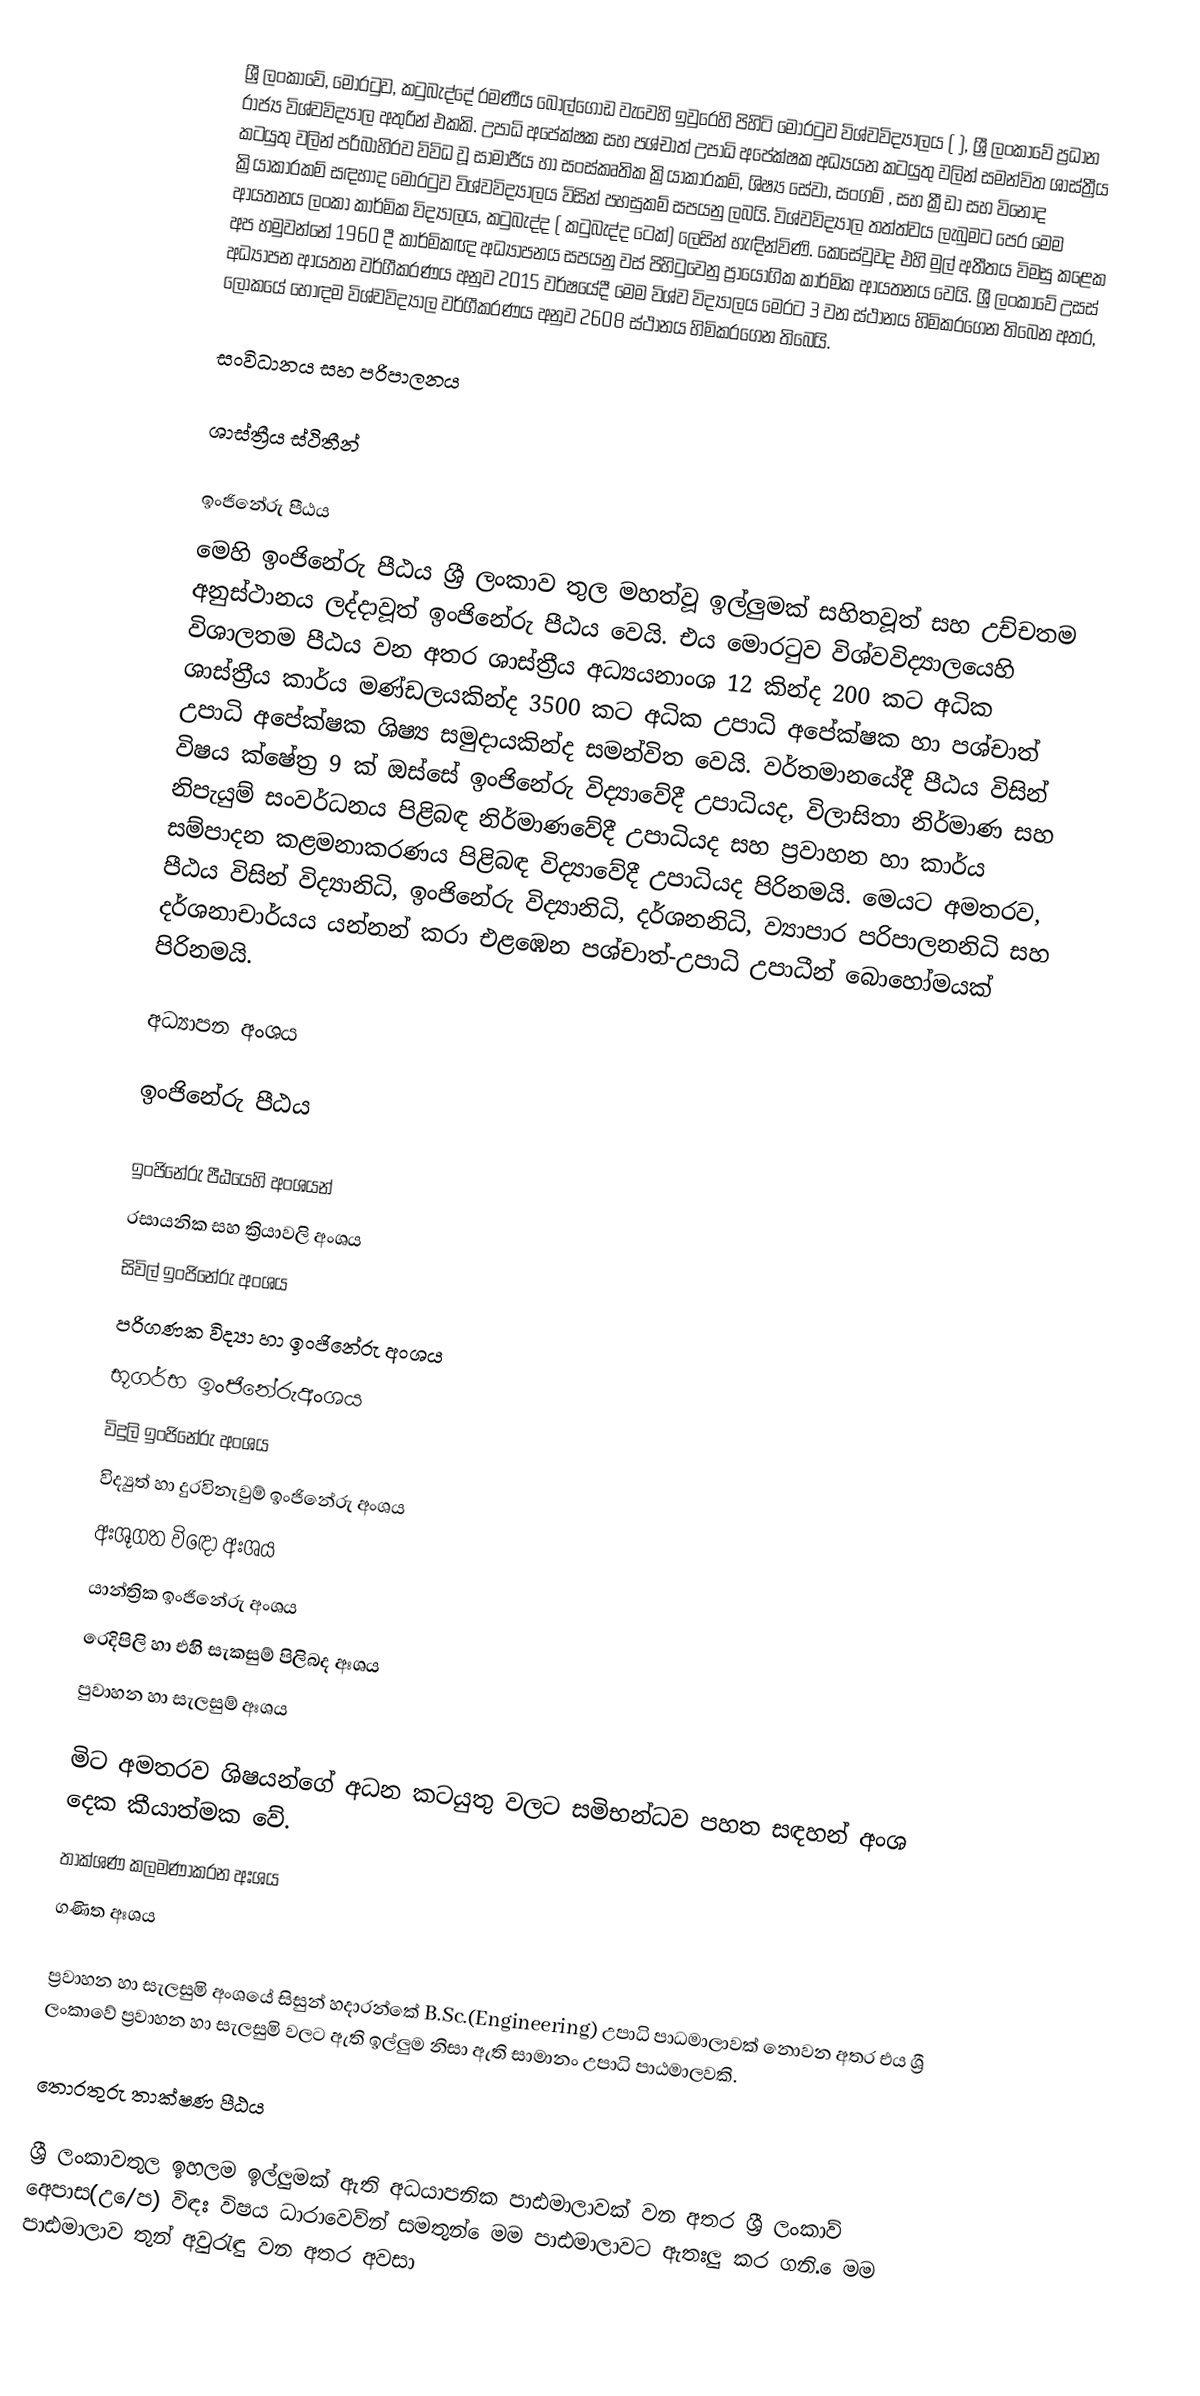
ශ්‍රී ලංකාවේ, මොරටුව, කටුබැද්දේ රමණීය බොල්ගොඩ වැවෙහි ඉවුරෙහි පිහිටි  මොරටුව විශ්වවිද්‍යාලය ( ), ශ්‍රී ලංකාවේ ප්‍රධාන රාජ්‍ය  විශ්වවිද්‍යාල අතුරින් එකකි. උපාධි අපේක්ෂක සහ පශ්චාත් උපාධි අපේක්ෂක අධ්‍යයන කටයුතු වලින් සමන්විත ශාස්ත්‍රීය කටයුතු වලින් පරිබාහිරව විවිධ වූ සාමාජීය හා සංස්කෘතික ක්‍රියාකාරකම්, ශිෂ්‍ය සේවා, සංගම් , සහ ක්‍රීඩා සහ විනෝද ක්‍රියාකාරකම් සඳහාද මොරටුව විශ්වවිද්‍යාලය විසින් පහසුකම් සපයනු ලබයි. විශ්වවිද්‍යාල තත්ත්වය ලැබුමට පෙර මෙම ආයතනය  ලංකා කාර්මික විද්‍යාලය, කටුබැද්ද ( කටුබැද්ද ටෙක්) ලෙසින් හැඳින්විණි. කෙසේවුවද එහි මුල් අතීතය විමසු කළෙක අප හමුවන්නේ 1960 දී කාර්මිකඥ අධ්‍යාපනය සපයනු වස් පිහිටුවෙනු   ප්‍රායෝගික කාර්මික ආයතනය වෙයි. ශ්‍රී ලංකාවේ උසස් අධ්‍යාපන ආයතන වර්ගීකරණය අනුව 2015 වර්ෂයේදී මෙම විශ්ව විද්‍යාලය මෙරට 3 වන ස්ථානය හිමිකරගෙන තිබෙන අතර, ලෝකයේ හොඳම විශ්වවිද්‍යාල වර්ගීකරණය අනුව 2608 ස්‌ථානය හිමිකරගෙන තිබෙයි.

සංවිධානය සහ පරිපාලනය

ශාස්ත්‍රීය ස්ථිතීන්

ඉංජිනේරු පීඨය
මෙහි ඉංජිනේරු පීඨය ශ්‍රී ලංකාව තුල මහත්වූ ඉල්ලුමක් සහිතවූත් සහ උච්චතම අනුස්ථානය ලද්දාවූත්  ඉංජිනේරු පීඨය වෙයි. එය මොරටුව විශ්වවිද්‍යාලයෙහි විශාලතම පීඨය වන අතර ශාස්ත්‍රීය අධ්‍යයනාංශ 12 කින්ද 200 කට අධික ශාස්ත්‍රීය කාර්ය මණ්ඩලයකින්ද  3500 කට අධික උපාධි අපේක්ෂක හා පශ්චාත් උපාධි අපේක්ෂක ශිෂ්‍ය සමුදායකින්ද සමන්විත වෙයි. වර්තමානයේදී පීඨය විසින් විෂය ක්ෂේත්‍ර 9 ක් ඔස්සේ ඉංජිනේරු විද්‍යාවේදී උපාධියද, විලාසිතා නිර්මාණ සහ නිපැයුම් සංවර්ධනය පිළිබඳ නිර්මාණවේදී උපාධියද සහ ප්‍රවාහන හා කාර්ය සම්පාදන කළමනාකරණය පිළිබඳ විද්‍යාවේදී උපාධියද පිරිනමයි. මෙයට අමතරව, පීඨය විසින් විද්‍යානිධි, ඉංජිනේරු විද්‍යානිධි, දර්ශනනිධි, ව්‍යාපාර පරිපාලනනිධි සහ දර්ශනාචාර්යය යන්නන්  කරා එළඹෙන  පශ්චාත්-උපාධි උපාධීන් බොහෝමයක් පිරිනමයි.

අධ්‍යාපන අංශය

ඉංජිනේරු පීඨය

ඉංජිනේරු පීඨයෙහි අංශයන්
රසායනික සහ ක්‍රියාවලි අංශය
සිවිල් ඉංජිනේරු අංශය
පරිගණක විද්‍යා හා ඉංජිනේරු අංශය
භූගර්භ ඉංජිනේරුඅංශය
විදුලි ඉංජිනේරු අංශය
විද්‍යුත් හා දුරවිනැවුම් ඉංජිනේරු අංශය
අඃශූගත විඳෝ අඃශය
යාන්ත්‍රික ඉංජිනේරු අංශය
රෙදිපිලි හා එහිි සැකසුම් පිලිබද අඃශය
පුවාහන හා සැලසුම් අඃශය

මිට අමතරව ශිෂයන්ගේ අධන කටයුතු වලට සමිභන්ධව පහත සඳහන් අංශ දෙක කීයාත්මක වේ.
තාක්ශණ කලමණාකරන අඃශය
ගණිත අඃශය

ප්‍රවාහන හා සැලසුමි අංශයේ සිසුන් හදාරන්කේ B.Sc.(Engineering) උපාධි පාධමාලාවක් නොවන අතර එය ශ්‍රී ලංකාවේ ප්‍රවාහන හා සැලසුමි වලට ඇති ඉල්ලුම නිසා ඇති සාමානං උපාධි පාඨමාලවකි.

තොරතුරු තාක්ෂණ පීඨය

ශ්‍රී ලංකාවතුල ඉහලම ඉල්ලුමක් ඇති අධයාපනික පාඪමාලාවක් වන අතර ශ්‍රී ලංකාව් අෙපාස(උ/ෙප) විඳඃ විෂය ධාරාවෙව්න් සමතුන් ෙමම පාඪමාලාවට ඇතඃලු කර ගනි. ෙමම පාඪමාලාව තුන් අවුරැඳු වන අතර අවසා